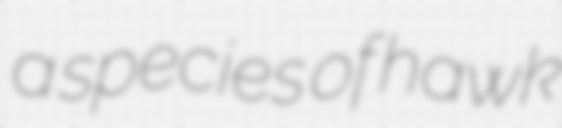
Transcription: a species of hawk